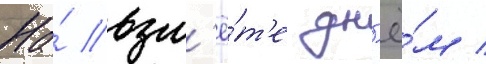
На́ взл'ё́т'е дн'ё́м /